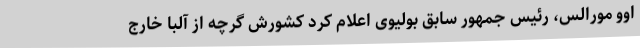
اوو مورالس، رئیس جمهور سابق بولیوی اعلام کرد کشورش گرچه از آلبا خارج